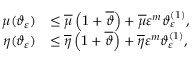
\begin{array} { r l } { \mu ( \vartheta _ { \varepsilon } ) } & { \leq \overline { { \mu } } \left( 1 + \overline { { \vartheta } } \right) + \overline { { \mu } } \varepsilon ^ { m } \vartheta _ { \varepsilon } ^ { ( 1 ) } , } \\ { \eta ( \vartheta _ { \varepsilon } ) } & { \leq \overline { { \eta } } \left( 1 + \overline { { \vartheta } } \right) + \overline { { \eta } } \varepsilon ^ { m } \vartheta _ { \varepsilon } ^ { ( 1 ) } , } \end{array}